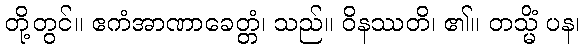
တို့တွင်။ ဧကံအာဏာခေတ္တံ၊ သည်။ ဝိနဿတိ၊ ၏။ တသ္မိံ ပန၊